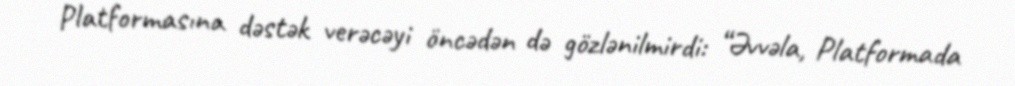
Platformasına dəstək verəcəyi öncədən də gözlənilmirdi: “Əvvəla, Platformada